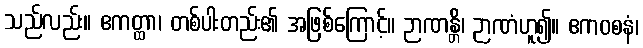
သည်လည်း။ ဧကတ္ထာ၊ တစ်ပါးတည်း၏ အဖြစ်ကြောင့်။ ဉာဏန္တိ၊ ဉာဏံဟူ၍။ ဧကဝစနံ၊